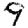
Digit: 9